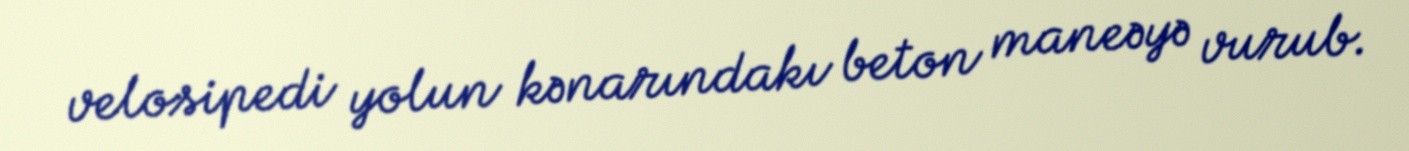
velosipedi yolun kənarındakı beton maneəyə vurub.